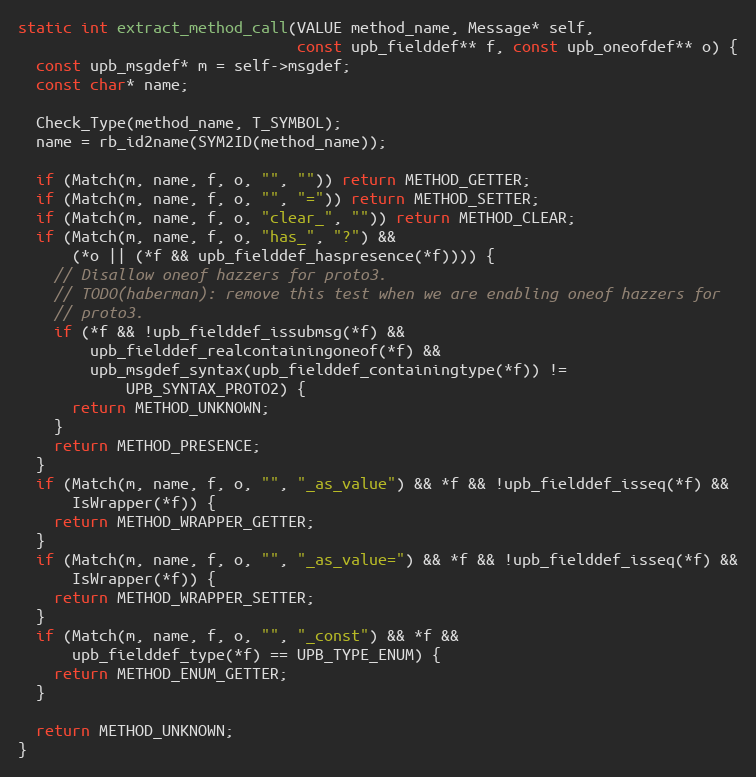
Language: C
static int extract_method_call(VALUE method_name, Message* self,
                               const upb_fielddef** f, const upb_oneofdef** o) {
  const upb_msgdef* m = self->msgdef;
  const char* name;

  Check_Type(method_name, T_SYMBOL);
  name = rb_id2name(SYM2ID(method_name));

  if (Match(m, name, f, o, "", "")) return METHOD_GETTER;
  if (Match(m, name, f, o, "", "=")) return METHOD_SETTER;
  if (Match(m, name, f, o, "clear_", "")) return METHOD_CLEAR;
  if (Match(m, name, f, o, "has_", "?") &&
      (*o || (*f && upb_fielddef_haspresence(*f)))) {
    // Disallow oneof hazzers for proto3.
    // TODO(haberman): remove this test when we are enabling oneof hazzers for
    // proto3.
    if (*f && !upb_fielddef_issubmsg(*f) &&
        upb_fielddef_realcontainingoneof(*f) &&
        upb_msgdef_syntax(upb_fielddef_containingtype(*f)) !=
            UPB_SYNTAX_PROTO2) {
      return METHOD_UNKNOWN;
    }
    return METHOD_PRESENCE;
  }
  if (Match(m, name, f, o, "", "_as_value") && *f && !upb_fielddef_isseq(*f) &&
      IsWrapper(*f)) {
    return METHOD_WRAPPER_GETTER;
  }
  if (Match(m, name, f, o, "", "_as_value=") && *f && !upb_fielddef_isseq(*f) &&
      IsWrapper(*f)) {
    return METHOD_WRAPPER_SETTER;
  }
  if (Match(m, name, f, o, "", "_const") && *f &&
      upb_fielddef_type(*f) == UPB_TYPE_ENUM) {
    return METHOD_ENUM_GETTER;
  }

  return METHOD_UNKNOWN;
}